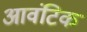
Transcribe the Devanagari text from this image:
आवंटिक